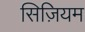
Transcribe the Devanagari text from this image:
सिज़ियम